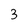
Character: 3